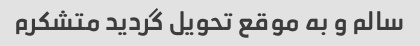
سالم و به موقع تحویل گردید متشکرم